Civil Veterinary Department Bengal reports 1933-51 - 1933-1951
Year: 1933
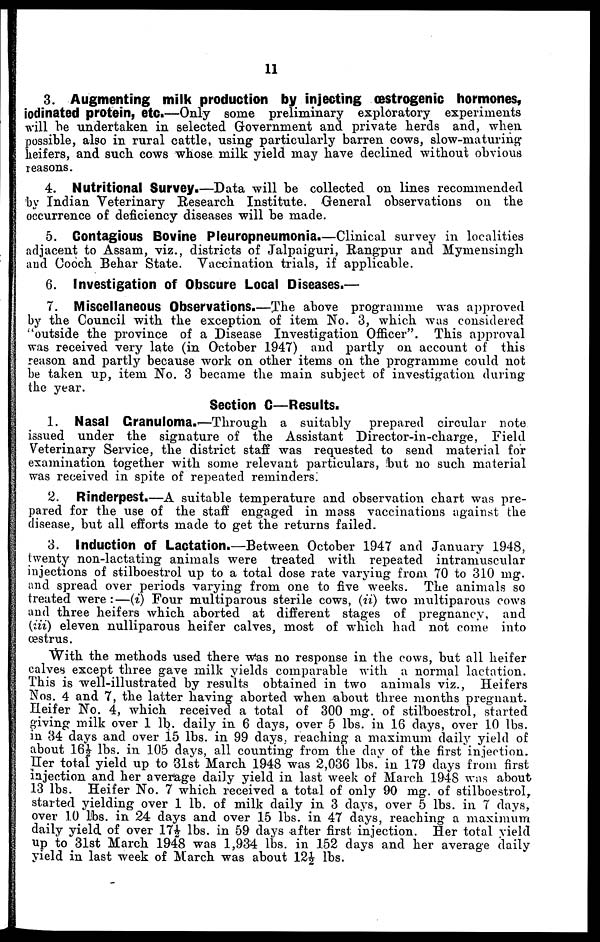
11
3. Augmenting milk production by injecting æstrogenic hormones,
iodinated protein, etc.—Only some preliminary exploratory experiments
will be undertaken in selected Government and private herds and, when
possible, also in rural cattle, using particularly barren cows, slow-maturing
heifers, and such cows whose milk yield may have declined without obvious
reasons.
4. Nutritional Survey.—Data will be collected on lines recommended
by Indian Veterinary Research Institute. General observations on the
occurrence of deficiency diseases will be made.
5. Contagious Bovine Pleuropneumonia.—Clinical survey in localities
adjacent to Assam, viz., districts of Jalpaiguri, Rangpur and Mymensingh
and Cooch Behar State. Vaccination trials, if applicable.
6. Investigation of Obscure Local Diseases.—
7. Miscellaneous Observations.—The above programme was approved
by the Council with the exception of item No. 3, which was considered
"outside the province of a Disease Investigation Officer". This approval
was received very late (in October 1947) and partly on account of this
reason and partly because work on other items on the programme could not
be taken up, item No. 3 became the main subject of investigation during
the year.
Section C—Results.
1. Nasal Granuloma.—Through a suitably prepared circular note
issued under the signature of the Assistant Director-in-charge, Field
Veterinary Service, the district staff was requested to send material for
examination together with some relevant particulars, but no such material
was received in spite of repeated reminders.
2. Rinderpest.—A suitable temperature and observation chart was pre-
pared for the use of the staff engaged in mass vaccinations against the
disease, but all efforts made to get the returns failed.
3. Induction of Lactation.—Between October 1947 and January 1948,
twenty non-lactating animals were treated with repeated intramuscular
injections of stilboestrol up to a total dose rate varying from 70 to 310 mg.
and spread over periods varying from one to five weeks. The animals so
treated were :—(i) Four multiparous sterile cows, (ii) two multiparous cows
and three heifers which aborted at different stages of pregnancy, and
(iii) eleven nulliparous heifer calves, most of which had not come into
oestrus.
With the methods used there Was no response in the cows, but all heifer
calves except three gave milk yields comparable with a normal lactation.
This is well-illustrated by results obtained in two animals viz., Heifers
Nos. 4 and 7, the latter having aborted when about three months pregnant.
Heifer No. 4, which received a total of 300 mg. of stilboestrol, started
giving milk over 1 lb. daily in 6 days, over 5 lbs. in 16 clays, over 10 lbs.
in 34 days and over 15 lbs. in 99 days, reaching a maximum daily yield of
about 16½ lbs. in 105 days, all counting from the day of the first injection.
IIer total yield up to 31st March 1948 was 2,036 lbs. in 179 days from first
injection and her average daily yield in last week of March 1948 was about
13 lbs. Heifer No. 7 which received a total of only 90 mg. of stilboestrol,
started yielding over 1 lb. of milk daily in 3 days, over 5 lbs. in 7 days,
over 10 lbs. in 24 days and over 15 lbs. in 47 days, reaching a maximum
daily yield of over 17½ lbs. in 59 days after first injection. Her total yield
up to 31st March 1948 was 1,934 lbs. in 152 days and her average daily
yield in last week of March was about 12½ lbs.